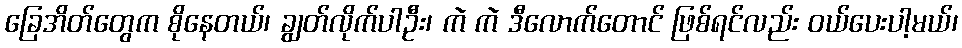
ခြေအိတ်တွေက စိုနေတယ်၊ ချွတ်လိုက်ပါဦး၊ ကဲ ကဲ ဒီလောက်တောင် ဖြစ်ရင်လည်း ဝယ်ပေးပါ့မယ်၊